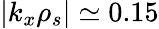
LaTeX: |k_{x}\rho_{s}|\simeq 0.15